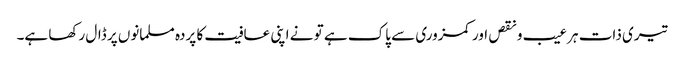
تیری ذات ہر عیب و نقص اور کمزوری سے پاک ہے تو نے اپنی عافیت کا پردہ مسلمانوں پر ڈال رکھا ہے۔